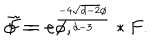
\bar { \phi } = - \phi , \hspace { 5 m m } \tilde { F } = e ^ { \frac { - 4 \sqrt { d - 2 } \phi } { d - 3 } } \ast F .